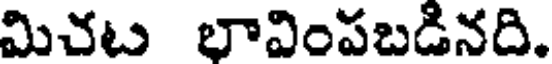
మిచట భావింపబడినది.